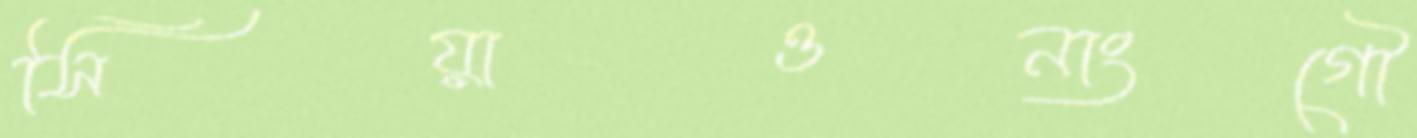
সিয়াওনাংগৌ